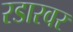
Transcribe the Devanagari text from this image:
रडारवर